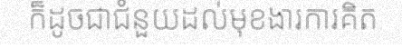
ក៏ដូចជាជំនួយដល់មុខងារការគិត